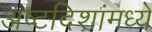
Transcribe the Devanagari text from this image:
अष्टदिशांमध्ये